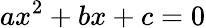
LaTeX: ax^{2}+bx+c=0